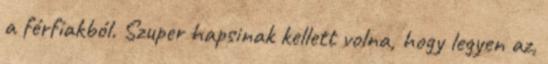
a férfiakból. Szuper hapsinak kellett volna, hogy legyen az,